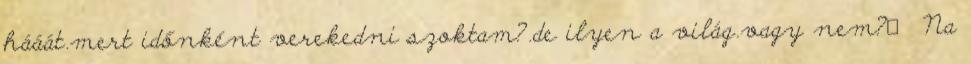
hááát.mert időnként verekedni szoktam?.de ilyen a világ.vagy nem? Na